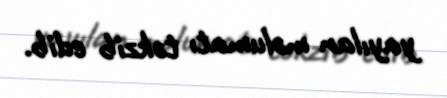
yayılan məlumatı təkzib edib.